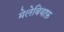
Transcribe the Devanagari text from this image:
मेलेबियाफ़